Problem: 21 + 10 = ?
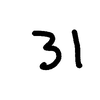
Handwritten answer: 31